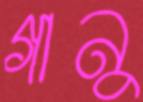
গানু